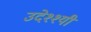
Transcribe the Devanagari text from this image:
उदेश्श्यी